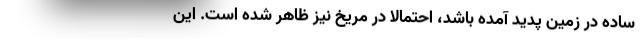
ساده در زمین پدید آمده باشد، احتمالاً در مریخ نیز ظاهر شده است. این